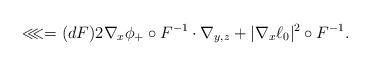
LaTeX: \begin{align*} \lll = ( d F ) 2 \nabla_{x} \phi_{+} \circ F^{- 1} \cdot \nabla_{y , z} + \vert \nabla_{x} \ell_{0} \vert^{2} \circ F^{- 1}.\end{align*}